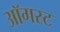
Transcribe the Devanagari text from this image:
अाॅगस्ट